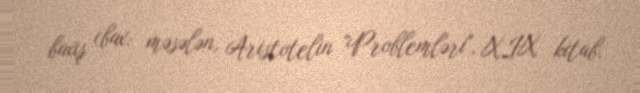
baxış (bax: məsələn, Aristotelin "Problemləri", XIX kitab.